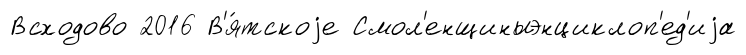
Всходово 2016 В'я́тскоjе Смол'енщиныэнциклоп'ед'иjа